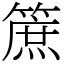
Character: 䉀